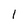
Character: 1